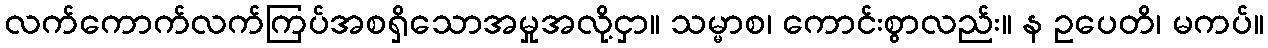
လက်ကောက်လက်ကြပ်အစရှိသောအမှုအလို့ငှာ။ သမ္မာစ၊ ကောင်းစွာလည်း။ န ဥပေတိ၊ မကပ်။